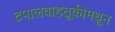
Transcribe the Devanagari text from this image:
टपालवाहतूकीमधून